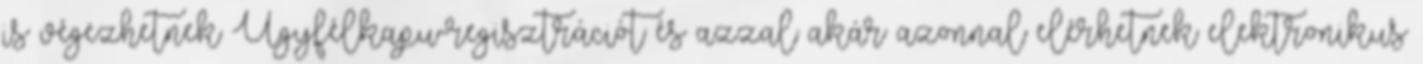
is végezhetnek Ügyfélkapu-regisztrációt és azzal akár azonnal elérhetnek elektronikus